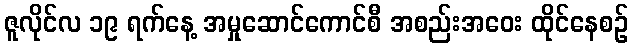
ဇူလိုင်လ ၁၉ ရက်နေ့ အမှုဆောင်ကောင်စီ အစည်းအဝေး ထိုင်နေစဉ်